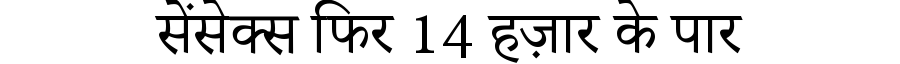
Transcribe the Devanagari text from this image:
सेंसेक्स फिर 14 हज़ार के पार